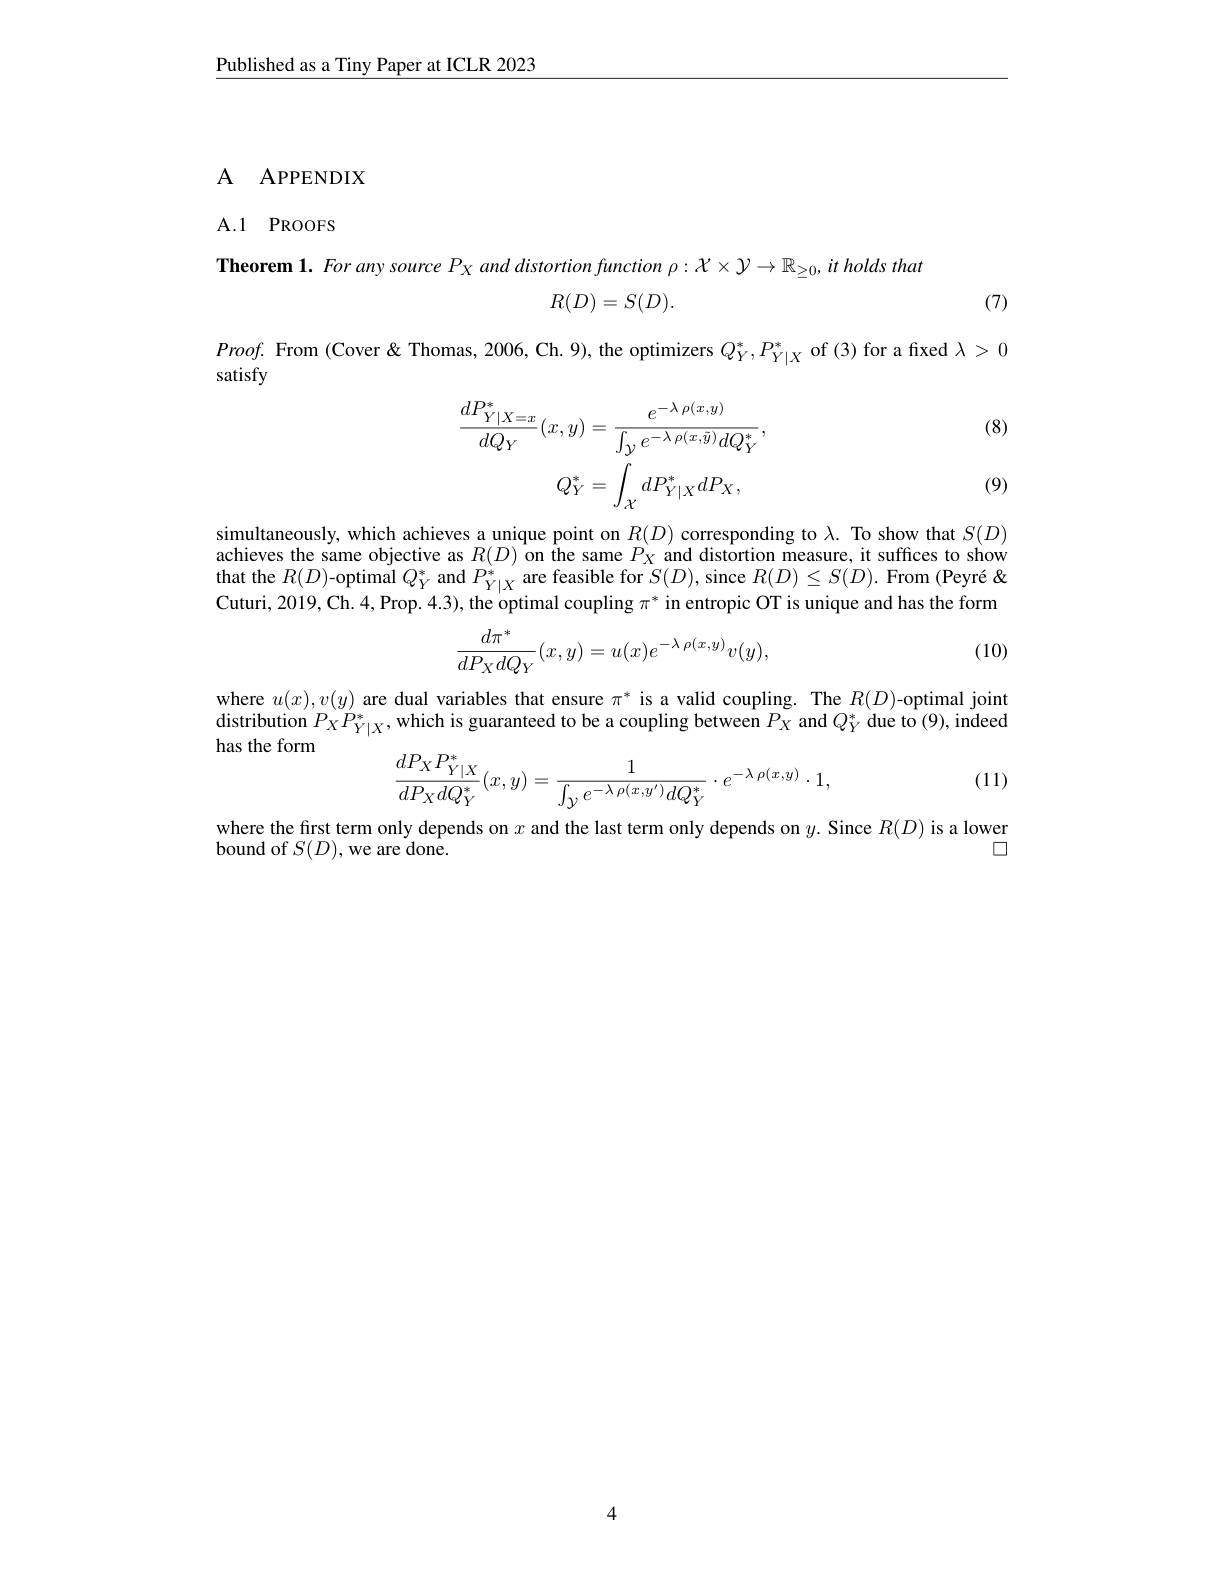
Published as a Tiny Paper at ICLR 2023

## A APPENDIX

## A.1 PROOFS

Theorem 1. For any source $P_X$ and distortion function $\rho:\mathcal{X}\times\mathcal{Y}\to\mathbb{R}_\geq0,it$ holds that

(7)
$$R(D)=S(D).$$
$Proof.$ From (Cover& Thomas, 2006, Ch. 9), the optimizers $Q_Y^*,P_{Y|X}^*$ of (3) for a fixed $\lambda>0$
satisfy

(8)
$$\begin{aligned}\frac{dP_{Y|X=x}^{*}}{dQ_{Y}}(x,y)&=\frac{e^{-\lambda\:\rho(x,y)}}{\int_{\mathcal{Y}}e^{-\lambda\:\rho(x,\tilde{y})}dQ_{Y}^{*}},\\Q_{Y}^{*}&=\int_{\mathcal{X}}dP_{Y|X}^{*}dP_{X},\end{aligned}$$
(9)

$\begin{array}{ll}\text{simultaneously, which achieves a unique point on }R(D)\text{ corresponding to }\lambda.\text{ To show that }S(D)\\\text{achieves the same objective as }R(D)\text{ on the same }P_X\text{ and distortion measure, it suffices to show}\end{array}$ that the $R(D)$-optimal $Q_Y^*$ and $P_Y|X^*$ are feasible for $S(D)$, since $R(D)\leq S(D).$ From (Peyré & Cuturi, 2019, Ch. 4, Prop. 4.3), the optimal coupling $\pi^*$ in entropic OT is unique and has the form
$$\frac{d\pi^{*}}{dP_{X}dQ_{Y}}(x,y)=u(x)e^{-\lambda\:\rho(x,y)}v(y),$$
(10)

where $u(x),v(y)$ are dual variables that ensure $\pi^*$ is a valid coupling. The $R(D)$-optimal joint distribution $P_XP_Y|X^*$, which is guaranteed to be a coupling between $P_X$ and $Q_Y^*$ due to (9), indeed has the form

(11)
$$\begin{aligned}\frac{dP_XP_{Y|X}^*}{dP_XdQ_Y^*}(x,y)=\frac{1}{\int_{\mathcal{Y}}e^{-\lambda\:\rho(x,y')}dQ_Y^*}\cdot e^{-\lambda\:\rho(x,y)}\cdot1,\end{aligned}$$
where the first term only depends on $x$ and the last term only depends on $y.$ Since $R(D)$ is a lower
□
bound of $S(D)$,we are done.